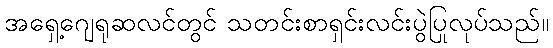
အရှေ့ဂျေရုဆလင်တွင် သတင်းစာရှင်းလင်းပွဲပြုလုပ်သည်။